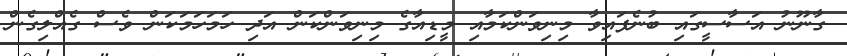
ގާނޫނު އަސާސީގައި ބުނެފައިވާ މިނިވަންކަމާއި މީޑިއާގެ މިނިވަންކަން އަދި ހަމަހަމަކަން ވެސް ގެއްލިގެން